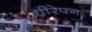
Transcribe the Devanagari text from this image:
धीरेपन